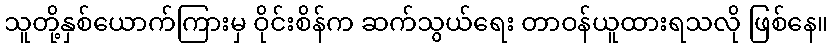
သူတို့နှစ်ယောက်ကြားမှ ဝိုင်းစိန်က ဆက်သွယ်ရေး တာဝန်ယူထားရသလို ဖြစ်နေ။